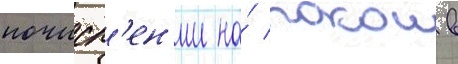
почисл'ен'ии на́ покои в